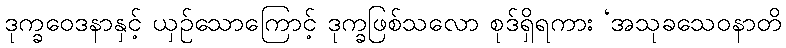
ဒုက္ခဝေဒနာနှင့် ယှဉ်သောကြောင့် ဒုက္ခဖြစ်သလော စုဒ်ရှိရကား ‘အသုခသေဝနာတိ